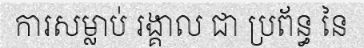
ការសម្លាប់ រង្គាល ជា ប្រព័ន្ធ នៃ